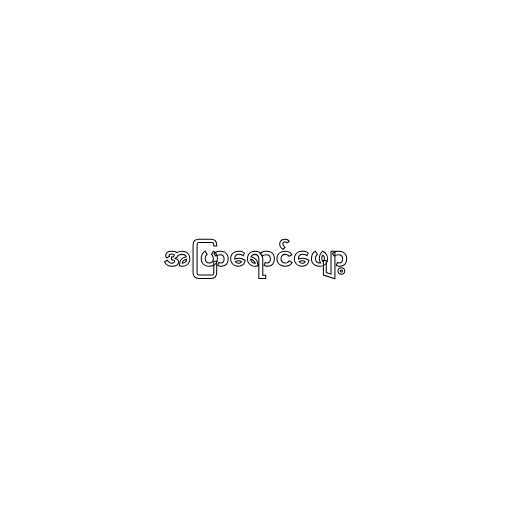
အပြာရောင်ဖျော့